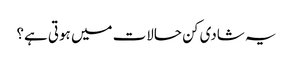
یہ شادی کن حالات میں ہوتی ہے؟